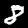
Digit: 8